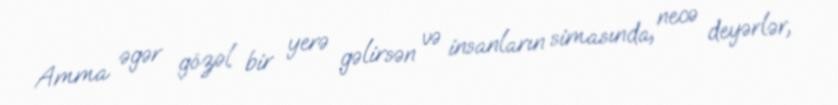
Amma əgər gözəl bir yerə gəlirsən və insanların simasında, necə deyərlər,